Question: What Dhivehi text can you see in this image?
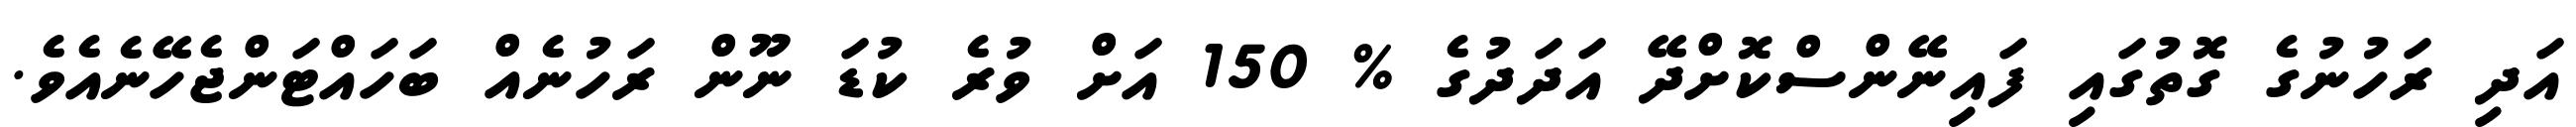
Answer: އަދި ރަހުނުގެ ގޮތުގައި ފައިނޭންސްކޮށްދޭ އަދަދުގެ % 150 އަށް ވުރެ ކުޑަ ނޫން ރަހުނެއް ބަހައްޓަންޖެހޭނެއެވެ.